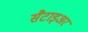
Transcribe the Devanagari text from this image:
सैटाइअर